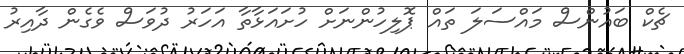
ޗެކް ބައުންސް މައްސަލަަ ތައް ޕޮލިހުންނަށް ހުށައަޅާތާ އަހަރު ދުވަސް ވެގެން ދާއިރު